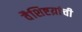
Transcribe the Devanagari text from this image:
वैशिष्टय़ांची